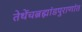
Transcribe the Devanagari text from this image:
तेथेंचब्रह्मांडपुराणांत